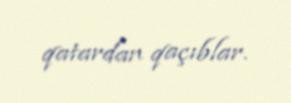
qatardan qaçıblar.